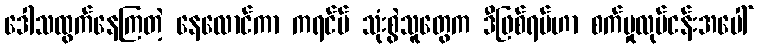
ဒေါသထွက်နေကြတဲ့ နေလောင်ကာ ကရင်မ် သုံးစွဲသူတွေက ဒီဖြစ်ရပ်ဟာ စက်မှုလုပ်ငန်းအပေါ်